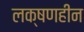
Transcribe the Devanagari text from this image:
लक्षणहीन